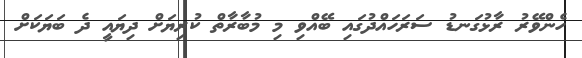
ހެންވޭރު ރާޅުގަނޑު ސަރަހައްދުގައި ބޭއްވި މި މުބާރާތް ކުރިޔަށް ދިޔައީ ދެ ބަޔަކަށް